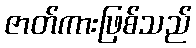
ဇာတ်ကားဖြစ်သည်